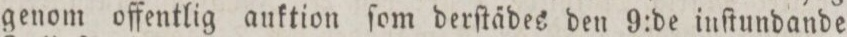
genom offentlig auktion ſom derſtädes den 9:de inſtundande